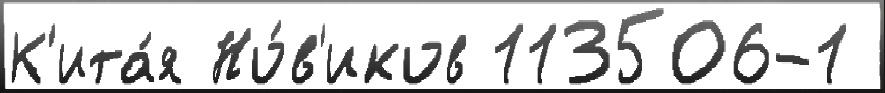
К'ита́я Но́в'иков 113506-1